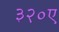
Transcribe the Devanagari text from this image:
३२०ए